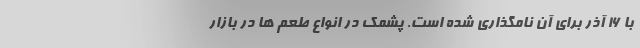
با ۱۶ آذر برای آن نامگذاری شده است. پشمک در انواع طعم ها در بازار